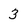
Character: 3